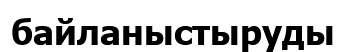
байланыстыруды